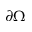
\partial \Omega